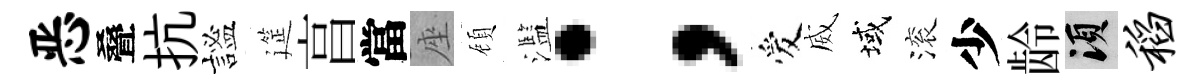
恶叠抗謐筵亯當座頋濫；爱威域滚少龄須稻